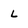
Character: L